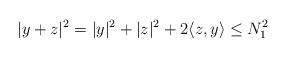
LaTeX: \begin{align*}|y+z|^2= |y|^2+|z|^2+2\langle z, y\rangle\le N_1^2\end{align*}